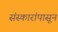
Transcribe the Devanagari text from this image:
संस्कारांपासून